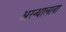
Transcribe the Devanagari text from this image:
अरन्थालावा